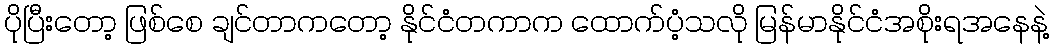
ပိုပြီးတော့ ဖြစ်စေ ချင်တာကတော့ နိုင်ငံတကာက ထောက်ပံ့သလို မြန်မာနိုင်ငံအစိုးရအနေနဲ့